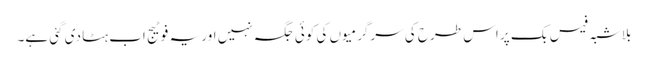
بلاشبہ فیس بک پر اس طرح کی سرگرمیوں کی کوئی جگہ نہیں اور یہ فوٹیج اب ہٹا دی گئی ہے۔